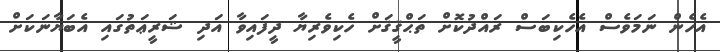
އެހެން ނަމަވެސް އެހެކިބަސް ރައްދުކޮށް ތަޙްޤީޤަށް ހެކިވެރިޔާ ދީފައިވާ އަދި ޝަރީޢަތުގައި އެބަޔާނަކަށް